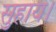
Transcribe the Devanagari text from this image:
सुहाय।